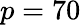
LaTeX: p=70